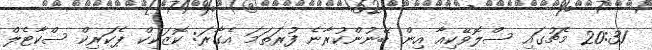
20:31 މެޗުގައި ސްލޮވޭކިއާ އިން ބޭނުންކުރާނެ ފުރަތަމަ އެގާރަ: ކޮޒަކިކް ޕެކަރިކް ސްކާޓެލް